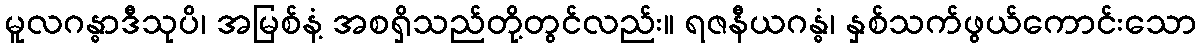
မူလဂန္ဓာဒီသုပိ၊ အမြစ်နံ့ အစရှိသည်တို့တွင်လည်း။ ရဇနီယဂန္ဓံ၊ နှစ်သက်ဖွယ်ကောင်းသော